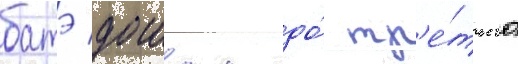
батэ дошел до́ тр'е́тьего